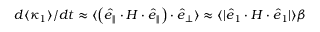
d \langle \kappa _ { 1 } \rangle / d t \approx \langle \left( \boldsymbol { \hat { e } } _ { \parallel } \cdot \boldsymbol { H } \cdot \boldsymbol { \hat { e } } _ { \parallel } \right) \cdot \boldsymbol { \hat { e } } _ { \perp } \rangle \approx \langle | \boldsymbol { \hat { e } } _ { 1 } \cdot \boldsymbol { H } \cdot \boldsymbol { \hat { e } } _ { 1 } | \rangle \beta